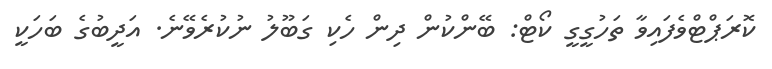
ކޮރަޕްޓްވެފައިވާ ތަހުގީގީ ކޯޓް: ބޭންކުން ދިން ހެކި ގަބޫލު ނުކުރެވޭނެ. އަދީބުގެ ބަހަކީ